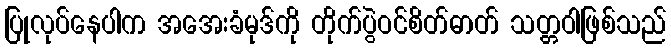
ပြုလုပ်နေပါက အအေးခံမုဒ်ကို တိုက်ပွဲဝင်စိတ်ဓာတ် သတ္တဝါဖြစ်သည်